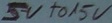
Text: 5V to 15V